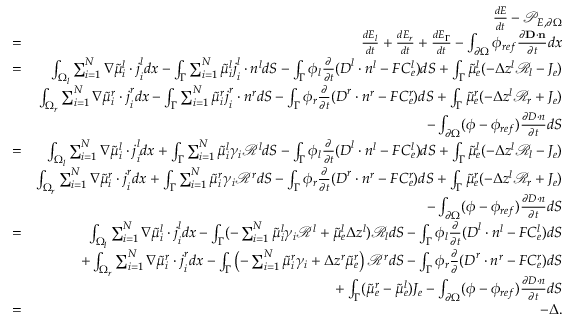
\begin{array} { r l r } & { } & { \frac { d E } { d t } - \mathcal { P } _ { E , \partial \Omega } } \\ & { = } & { \frac { d E _ { l } } { d t } + \frac { d E _ { r } } { d t } + \frac { d E _ { \Gamma } } { d t } - \int _ { \partial \Omega } \phi _ { r e f } \frac { \partial \mathbf { D } \cdot \mathbf { n } } { \partial t } d x } \\ & { = } & { \int _ { \Omega _ { l } } \sum _ { i = 1 } ^ { N } \nabla \tilde { \mu } _ { i } ^ { l } \cdot \boldsymbol { j } _ { i } ^ { l } d x - \int _ { \Gamma } \sum _ { i = 1 } ^ { N } \tilde { \mu } _ { i } ^ { l } \boldsymbol { j } _ { i } ^ { l } \cdot \boldsymbol { n } ^ { l } d S - \int _ { \Gamma } \phi _ { l } \frac { \partial } { \partial t } ( \boldsymbol { D } ^ { l } \cdot \boldsymbol { n } ^ { l } - F C _ { e } ^ { l } ) d S + \int _ { \Gamma } \tilde { \mu } _ { e } ^ { l } ( - \Delta z ^ { l } \mathcal { R } _ { l } - J _ { e } ) } \\ & { } & { \int _ { \Omega _ { r } } \sum _ { i = 1 } ^ { N } \nabla \tilde { \mu } _ { i } ^ { r } \cdot \boldsymbol { j } _ { i } ^ { r } d x - \int _ { \Gamma } \sum _ { i = 1 } ^ { N } \tilde { \mu } _ { i } ^ { r } \boldsymbol { j } _ { i } ^ { r } \cdot \boldsymbol { n } ^ { r } d S - \int _ { \Gamma } \phi _ { r } \frac { \partial } { \partial t } ( \boldsymbol { D } ^ { r } \cdot \boldsymbol { n } ^ { r } - F C _ { e } ^ { r } ) d S + \int _ { \Gamma } \tilde { \mu } _ { e } ^ { r } ( - \Delta z ^ { l } \mathcal { R } _ { r } + J _ { e } ) } \\ & { } & { - \int _ { \partial \Omega } ( \phi - \phi _ { r e f } ) \frac { \partial \boldsymbol { D } \cdot \boldsymbol { n } } { \partial t } d S } \\ & { = } & { \int _ { \Omega _ { l } } \sum _ { i = 1 } ^ { N } \nabla \tilde { \mu } _ { i } ^ { l } \cdot \boldsymbol { j } _ { i } ^ { l } d x + \int _ { \Gamma } \sum _ { i = 1 } ^ { N } \tilde { \mu } _ { i } ^ { l } \gamma _ { i } \mathcal { R } ^ { l } d S - \int _ { \Gamma } \phi _ { l } \frac { \partial } { \partial t } ( \boldsymbol { D } ^ { l } \cdot \boldsymbol { n } ^ { l } - F C _ { e } ^ { l } ) d S + \int _ { \Gamma } \tilde { \mu } _ { e } ^ { l } ( - \Delta z ^ { l } \mathcal { R } _ { l } - J _ { e } ) } \\ & { } & { \int _ { \Omega _ { r } } \sum _ { i = 1 } ^ { N } \nabla \tilde { \mu } _ { i } ^ { r } \cdot \boldsymbol { j } _ { i } ^ { r } d x + \int _ { \Gamma } \sum _ { i = 1 } ^ { N } \tilde { \mu } _ { i } ^ { r } \gamma _ { i } \mathcal { R } ^ { r } d S - \int _ { \Gamma } \phi _ { r } \frac { \partial } { \partial t } ( \boldsymbol { D } ^ { r } \cdot \boldsymbol { n } ^ { r } - F C _ { e } ^ { r } ) d S + \int _ { \Gamma } \tilde { \mu } _ { e } ^ { r } ( - \Delta z ^ { l } \mathcal { R } _ { r } + J _ { e } ) } \\ & { } & { - \int _ { \partial \Omega } ( \phi - \phi _ { r e f } ) \frac { \partial \boldsymbol { D } \cdot \boldsymbol { n } } { \partial t } d S } \\ & { = } & { \int _ { \Omega _ { l } } \sum _ { i = 1 } ^ { N } \nabla \tilde { \mu } _ { i } ^ { l } \cdot \boldsymbol { j } _ { i } ^ { l } d x - \int _ { \Gamma } ( - \sum _ { i = 1 } ^ { N } \tilde { \mu } _ { i } ^ { l } \gamma _ { i } \mathcal { R } ^ { l } + \tilde { \mu } _ { e } ^ { l } \Delta z ^ { l } ) \mathcal { R } _ { l } d S - \int _ { \Gamma } \phi _ { l } \frac { \partial } { \partial t } ( \boldsymbol { D } ^ { l } \cdot \boldsymbol { n } ^ { l } - F C _ { e } ^ { l } ) d S } \\ & { } & { + \int _ { \Omega _ { r } } \sum _ { i = 1 } ^ { N } \nabla \tilde { \mu } _ { i } ^ { r } \cdot \boldsymbol { j } _ { i } ^ { r } d x - \int _ { \Gamma } \left( - \sum _ { i = 1 } ^ { N } \tilde { \mu } _ { i } ^ { r } \gamma _ { i } + \Delta z ^ { r } \tilde { \mu } _ { e } ^ { r } \right) \mathcal { R } ^ { r } d S - \int _ { \Gamma } \phi _ { r } \frac { \partial } { \partial } ( \boldsymbol { D } ^ { r } \cdot \boldsymbol { n } ^ { r } - F C _ { e } ^ { r } ) d S } \\ & { } & { + \int _ { \Gamma } ( \tilde { \mu } _ { e } ^ { r } - \tilde { \mu } _ { e } ^ { l } ) J _ { e } - \int _ { \partial \Omega } ( \phi - \phi _ { r e f } ) \frac { \partial \boldsymbol { D } \cdot \boldsymbol { n } } { \partial t } d S } \\ & { = } & { - \Delta . } \end{array}